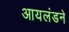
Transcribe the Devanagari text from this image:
आयलंडने